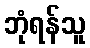
ဘုံရန်သူ